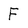
Character: F